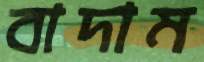
বাদাম